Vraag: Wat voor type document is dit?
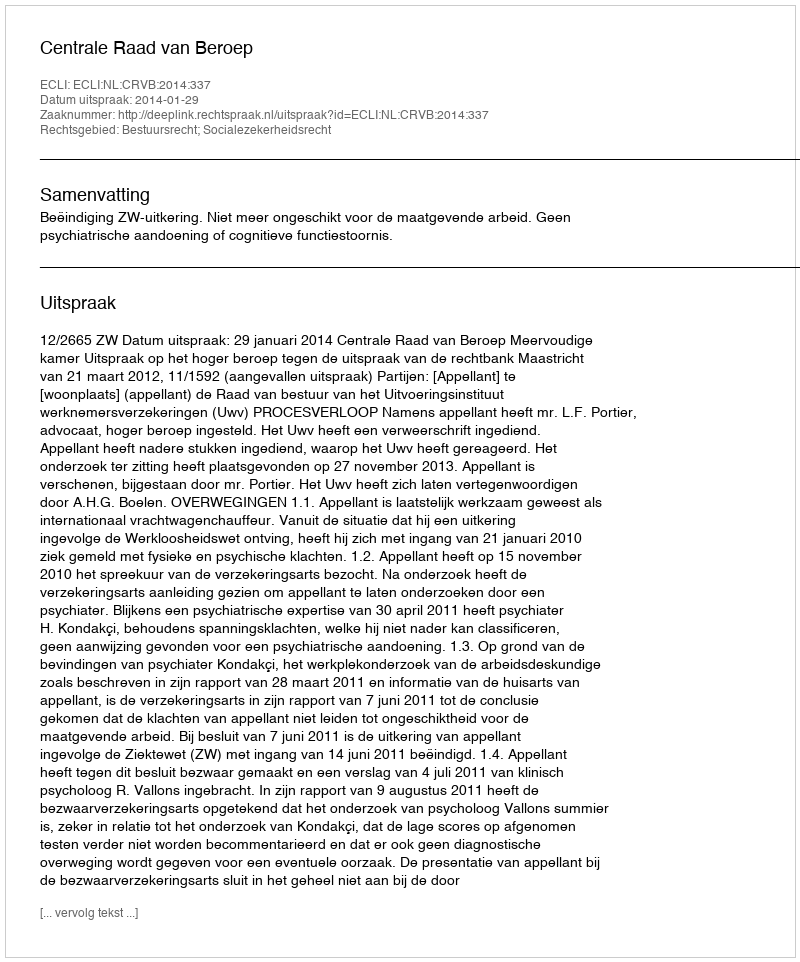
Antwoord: Uitspraak